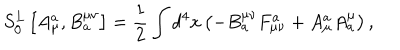
LaTeX: S _ { 0 } ^ { L } \left[ A _ { \mu } ^ { a } , B _ { a } ^ { \mu \nu } \right] = \frac 1 2 \int d ^ { 4 } x \left( - B _ { a } ^ { \mu \nu } F _ { \mu \nu } ^ { a } + A _ { \mu } ^ { a } A _ { a } ^ { \mu } \right) ,